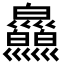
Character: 𤿄